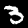
Digit: 3